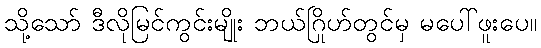
သို့သော် ဒီလိုမြင်ကွင်းမျိုး ဘယ်ဂြိုဟ်တွင်မှ မပေါ်ဖူးပေ။